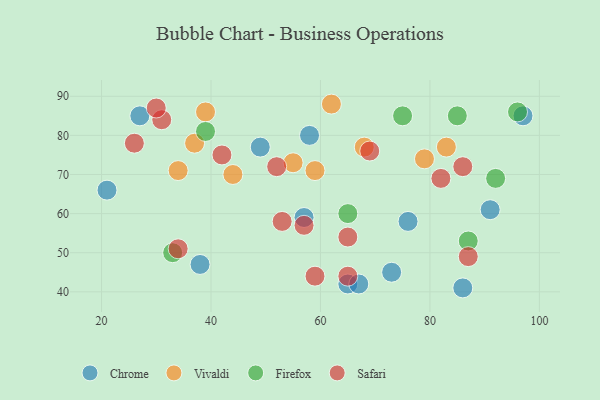
{"axis": {"x": "GDP", "y": "Life Expectancy"}, "legend": ["Chrome", "Firefox", "Safari", "Vivaldi"], "data": [{"x": "38", "y": 47, "type": "Chrome"}, {"x": "57", "y": 59, "type": "Chrome"}, {"x": "86", "y": 41, "type": "Chrome"}, {"x": "58", "y": 80, "type": "Chrome"}, {"x": "21", "y": 66, "type": "Chrome"}, {"x": "91", "y": 61, "type": "Chrome"}, {"x": "65", "y": 42, "type": "Chrome"}, {"x": "67", "y": 42, "type": "Chrome"}, {"x": "49", "y": 77, "type": "Chrome"}, {"x": "73", "y": 45, "type": "Chrome"}, {"x": "97", "y": 85, "type": "Chrome"}, {"x": "76", "y": 58, "type": "Chrome"}, {"x": "27", "y": 85, "type": "Chrome"}, {"x": "55", "y": 73, "type": "Vivaldi"}, {"x": "68", "y": 77, "type": "Vivaldi"}, {"x": "39", "y": 86, "type": "Vivaldi"}, {"x": "44", "y": 70, "type": "Vivaldi"}, {"x": "59", "y": 71, "type": "Vivaldi"}, {"x": "79", "y": 74, "type": "Vivaldi"}, {"x": "62", "y": 88, "type": "Vivaldi"}, {"x": "83", "y": 77, "type": "Vivaldi"}, {"x": "37", "y": 78, "type": "Vivaldi"}, {"x": "34", "y": 71, "type": "Vivaldi"}, {"x": "85", "y": 85, "type": "Firefox"}, {"x": "75", "y": 85, "type": "Firefox"}, {"x": "96", "y": 86, "type": "Firefox"}, {"x": "33", "y": 50, "type": "Firefox"}, {"x": "65", "y": 60, "type": "Firefox"}, {"x": "87", "y": 53, "type": "Firefox"}, {"x": "92", "y": 69, "type": "Firefox"}, {"x": "39", "y": 81, "type": "Firefox"}, {"x": "31", "y": 84, "type": "Safari"}, {"x": "53", "y": 58, "type": "Safari"}, {"x": "30", "y": 87, "type": "Safari"}, {"x": "26", "y": 78, "type": "Safari"}, {"x": "59", "y": 44, "type": "Safari"}, {"x": "52", "y": 72, "type": "Safari"}, {"x": "69", "y": 76, "type": "Safari"}, {"x": "86", "y": 72, "type": "Safari"}, {"x": "34", "y": 51, "type": "Safari"}, {"x": "57", "y": 57, "type": "Safari"}, {"x": "65", "y": 54, "type": "Safari"}, {"x": "87", "y": 49, "type": "Safari"}, {"x": "82", "y": 69, "type": "Safari"}, {"x": "65", "y": 44, "type": "Safari"}, {"x": "42", "y": 75, "type": "Safari"}]}